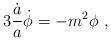
LaTeX: \begin{align*} 3{\dot a \over a}\dot\phi = -{m^2\phi} \ ,\end{align*}